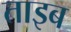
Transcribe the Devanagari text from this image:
ताइब